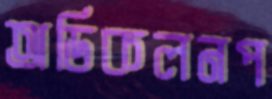
অডিকলনপ